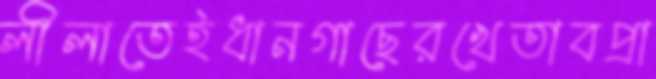
লীলাতেইধানগাছেরখেতাবপ্রা